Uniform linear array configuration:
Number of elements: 48
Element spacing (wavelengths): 0.5
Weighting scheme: blackman
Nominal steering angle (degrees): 60
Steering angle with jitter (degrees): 60.118
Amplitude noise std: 0.05
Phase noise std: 0.05

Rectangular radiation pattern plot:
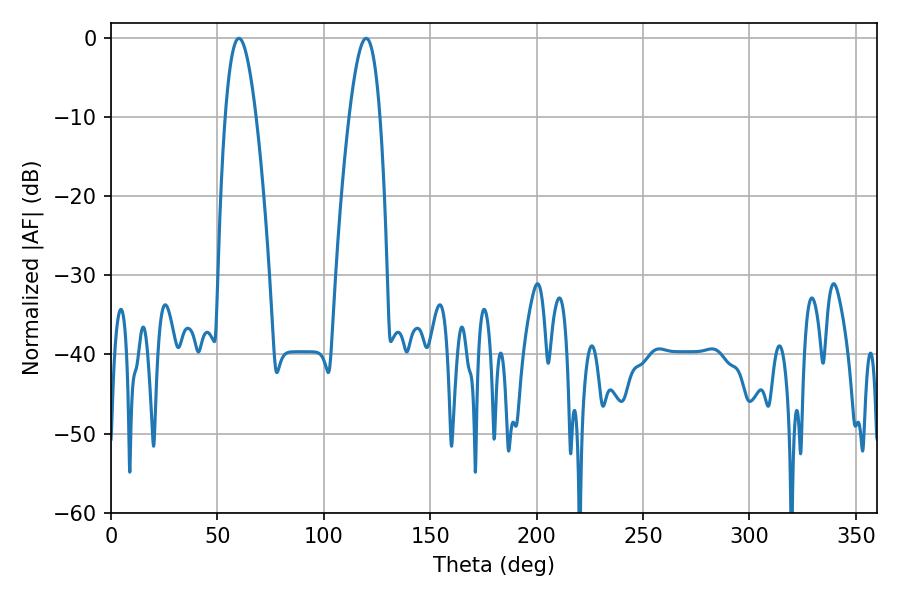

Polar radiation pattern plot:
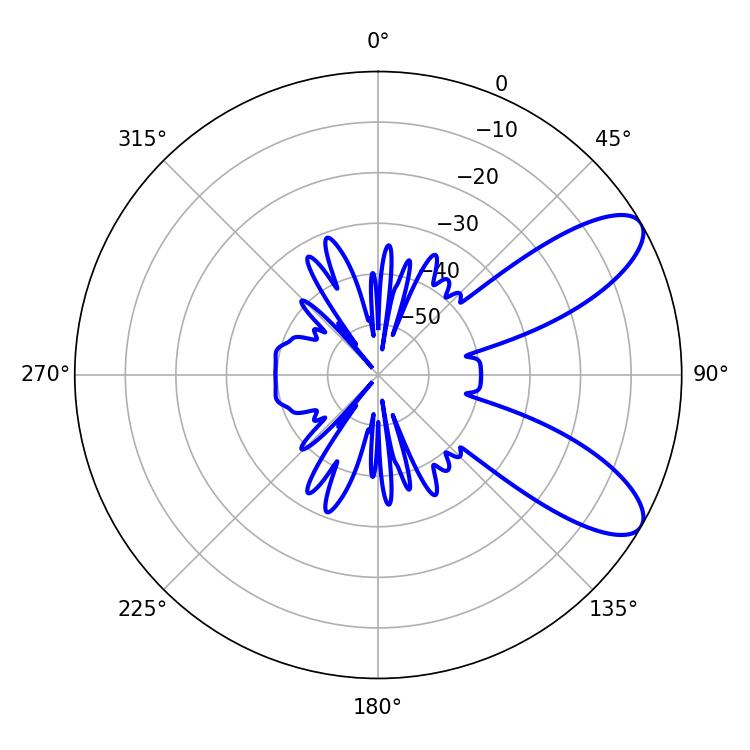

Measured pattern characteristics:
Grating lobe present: FALSE
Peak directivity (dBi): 8.869
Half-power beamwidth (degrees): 7.92
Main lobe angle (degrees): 60.12